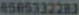
6505332282